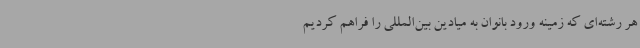
هر رشته‌ای که زمینه ورود بانوان به میادین بین‌المللی را فراهم کردیم